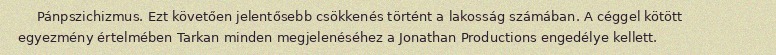
Pánpszichizmus. Ezt követően jelentősebb csökkenés történt a lakosság számában. A céggel kötött egyezmény értelmében Tarkan minden megjelenéséhez a Jonathan Productions engedélye kellett.